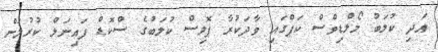
އަދި ކުލަބު މޯލްޑިވްސް ކަޕްގައި ވާދަކުރާ ޕޮލިސް ކުލަބުގެ ސްކޮޑް ފައިނަލް ކުރުމަށް